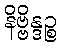
နိဗ္ဗိန္ဒဉ္စ